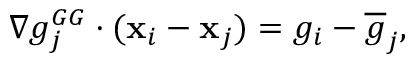
\begin{array} { r } { \nabla g _ { j } ^ { G G } \cdot ( { \bf x } _ { i } - { \bf x } _ { j } ) = { g } _ { i } - \overline { { g } } _ { j } , } \end{array}